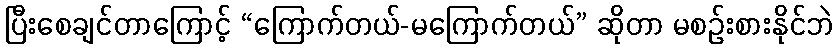
ပြီးစေချင်တာကြောင့် “ကြောက်တယ်-မကြောက်တယ်” ဆိုတာ မစဉ်းစားနိုင်ဘဲ